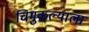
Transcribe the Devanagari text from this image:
चिमुकल्याला